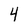
Character: 4